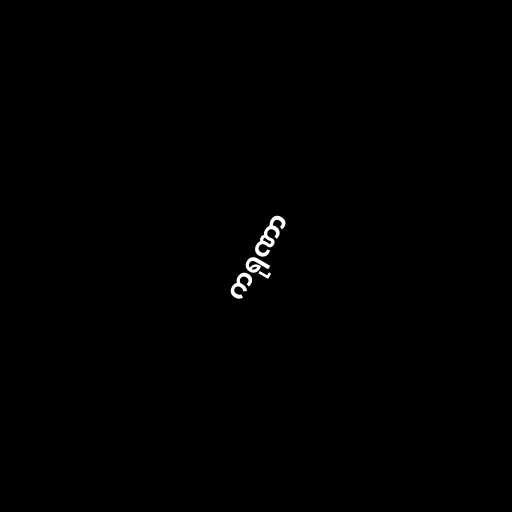
ကရုဏာ